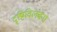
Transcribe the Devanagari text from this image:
दृष्टिविलंबना